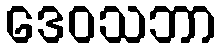
ဒေဝသဘာ